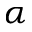
\alpha